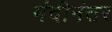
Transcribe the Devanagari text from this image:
मंदीनंतर